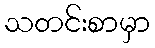
သတင်းစာမှာ